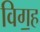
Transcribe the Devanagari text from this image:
विग॒ह